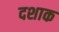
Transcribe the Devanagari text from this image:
दशाक